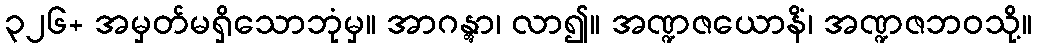
၃၂၆+ အမှတ်မရှိသောဘုံမှ။ အာဂန္တွာ၊ လာ၍။ အဏ္ဍဇယောနိံ၊ အဏ္ဍဇဘဝသို့။